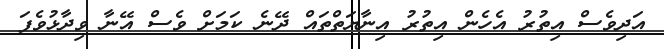
އަދިވެސް އިތުރު އެހެން އިތުރު އިނާޔަތްތައް ދޭނެ ކަމަށް ވެސް އޭނާ ވިދާޅުވެފަ